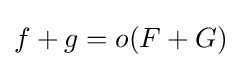
f+g=o(F+G)